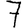
Digit: 7